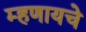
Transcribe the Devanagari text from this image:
म्‍हणायचे